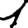
Digit: 1